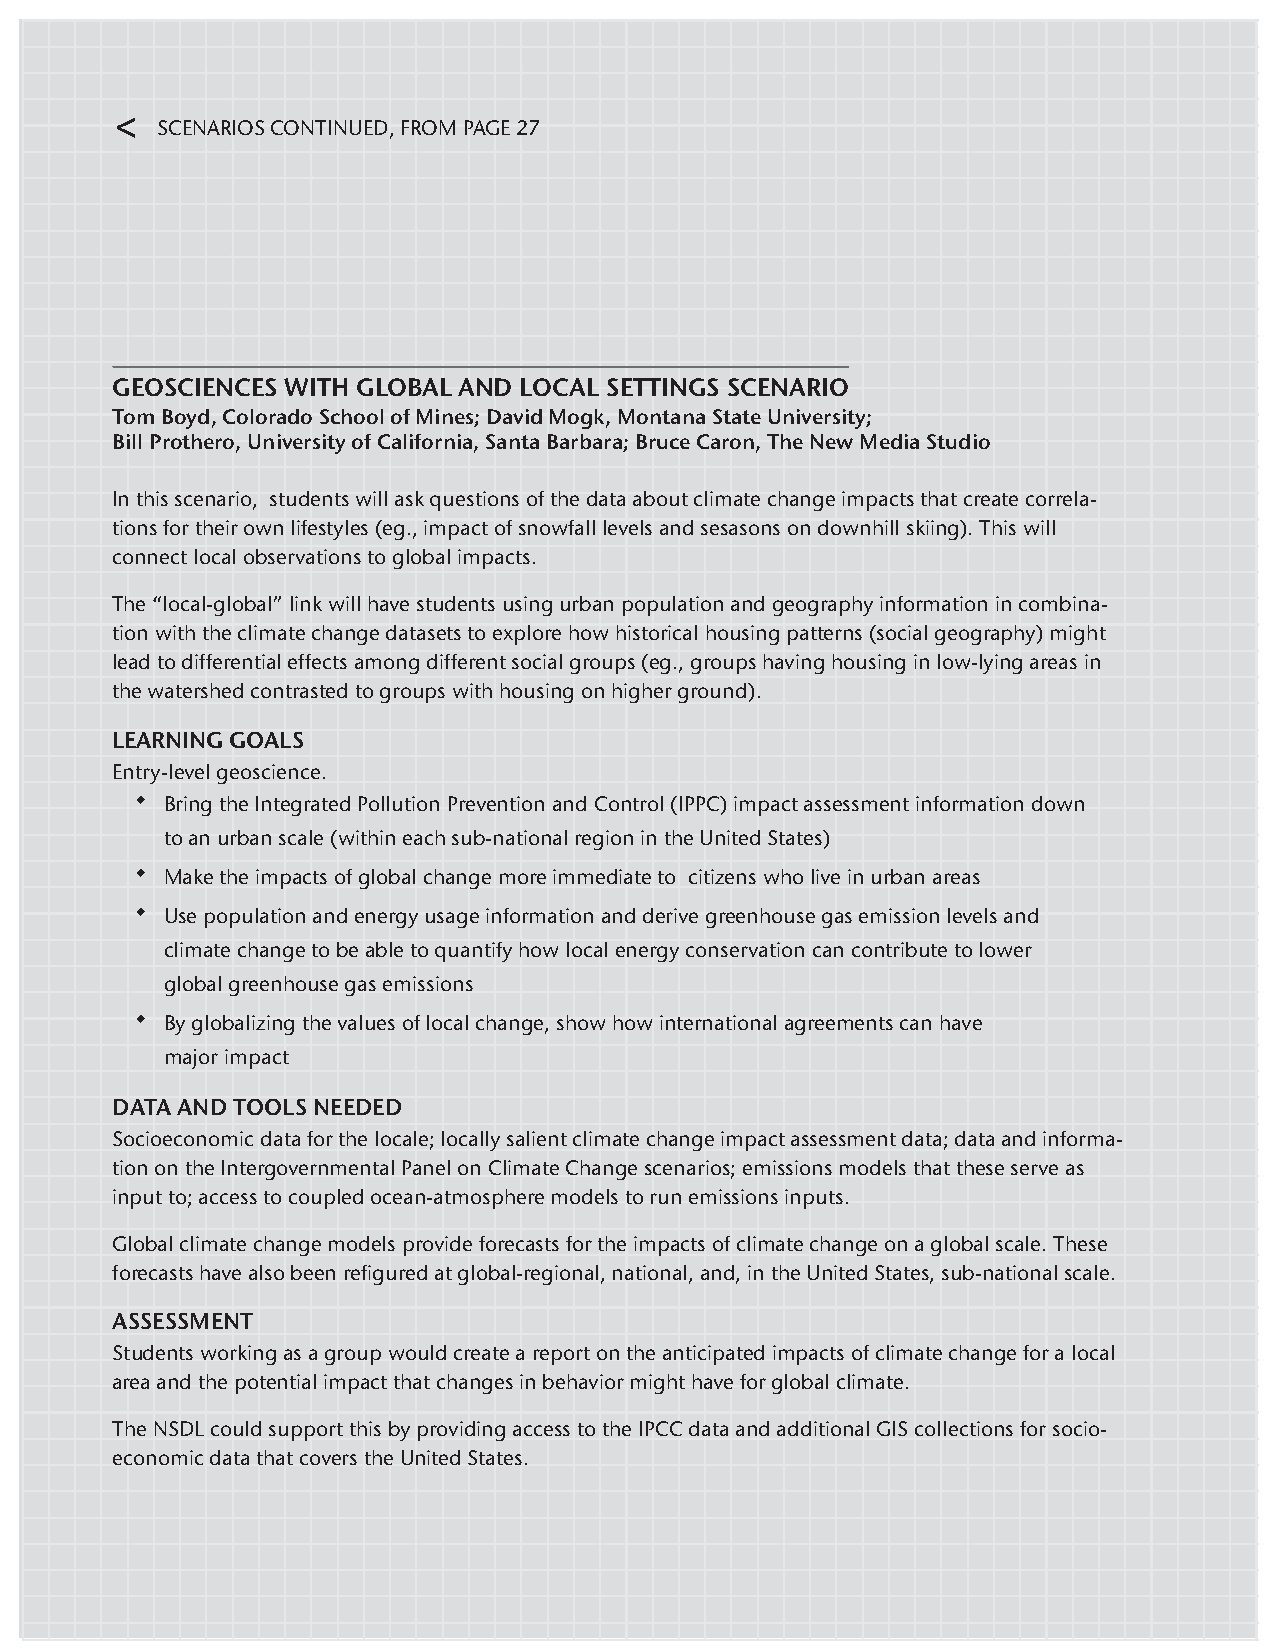
<
 SCENARIOS CONTINUED, FROM PAGE 27
 GEOSCIENCES WITH GLOBAL AND LOCAL SETTINGS SCENARIO
 Tom Boyd, Colorado School of Mines; David Mogk, Montana State University;
 Bill Prothero, University of California, Santa Barbara; Bruce Caron, The New Media Studio
 In this scenario, students will ask questions of the data about climate change impacts that create correla-
 tions for their own lifestyles (eg., impact of snowfall levels and sesasons on downhill skiing). This will
 connect local observations to global impacts.
 The “local-global” link will have students using urban population and geography information in combina-
 tion with the climate change datasets to explore how historical housing patterns (social geography) might
 lead to differential effects among different social groups (eg., groups having housing in low-lying areas in
 the watershed contrasted to groups with housing on higher ground).
 LEARNING GOALS
 Entry-level geoscience.
 ◆ Bring the Integrated Pollution Prevention and Control (IPPC) impact assessment information down
 to an urban scale (within each sub-national region in the United States)
 ◆ Make the impacts of global change more immediate to citizens who live in urban areas
 ◆ Use population and energy usage information and derive greenhouse gas emission levels and
 climate change to be able to quantify how local energy conservation can contribute to lower
 global greenhouse gas emissions
 ◆ By globalizing the values of local change, show how international agreements can have
 major impact
 DATA AND TOOLS NEEDED
 Socioeconomic data for the locale; locally salient climate change impact assessment data; data and informa-
 tion on the Intergovernmental Panel on Climate Change scenarios; emissions models that these serve as
 input to; access to coupled ocean-atmosphere models to run emissions inputs.
 Global climate change models provide forecasts for the impacts of climate change on a global scale. These
 forecasts have also been refigured at global-regional, national, and, in the United States, sub-national scale.
 ASSESSMENT
 Students working as a group would create a report on the anticipated impacts of climate change for a local
 area and the potential impact that changes in behavior might have for global climate.
 The NSDL could support this by providing access to the IPCC data and additional GIS collections for socio-
 economic data that covers the United States.
 28 — USING DATA IN UNDERGRADUATE SCIENCE CLASSROOMS